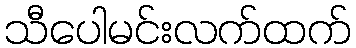
သီပေါမင်းလက်ထက်